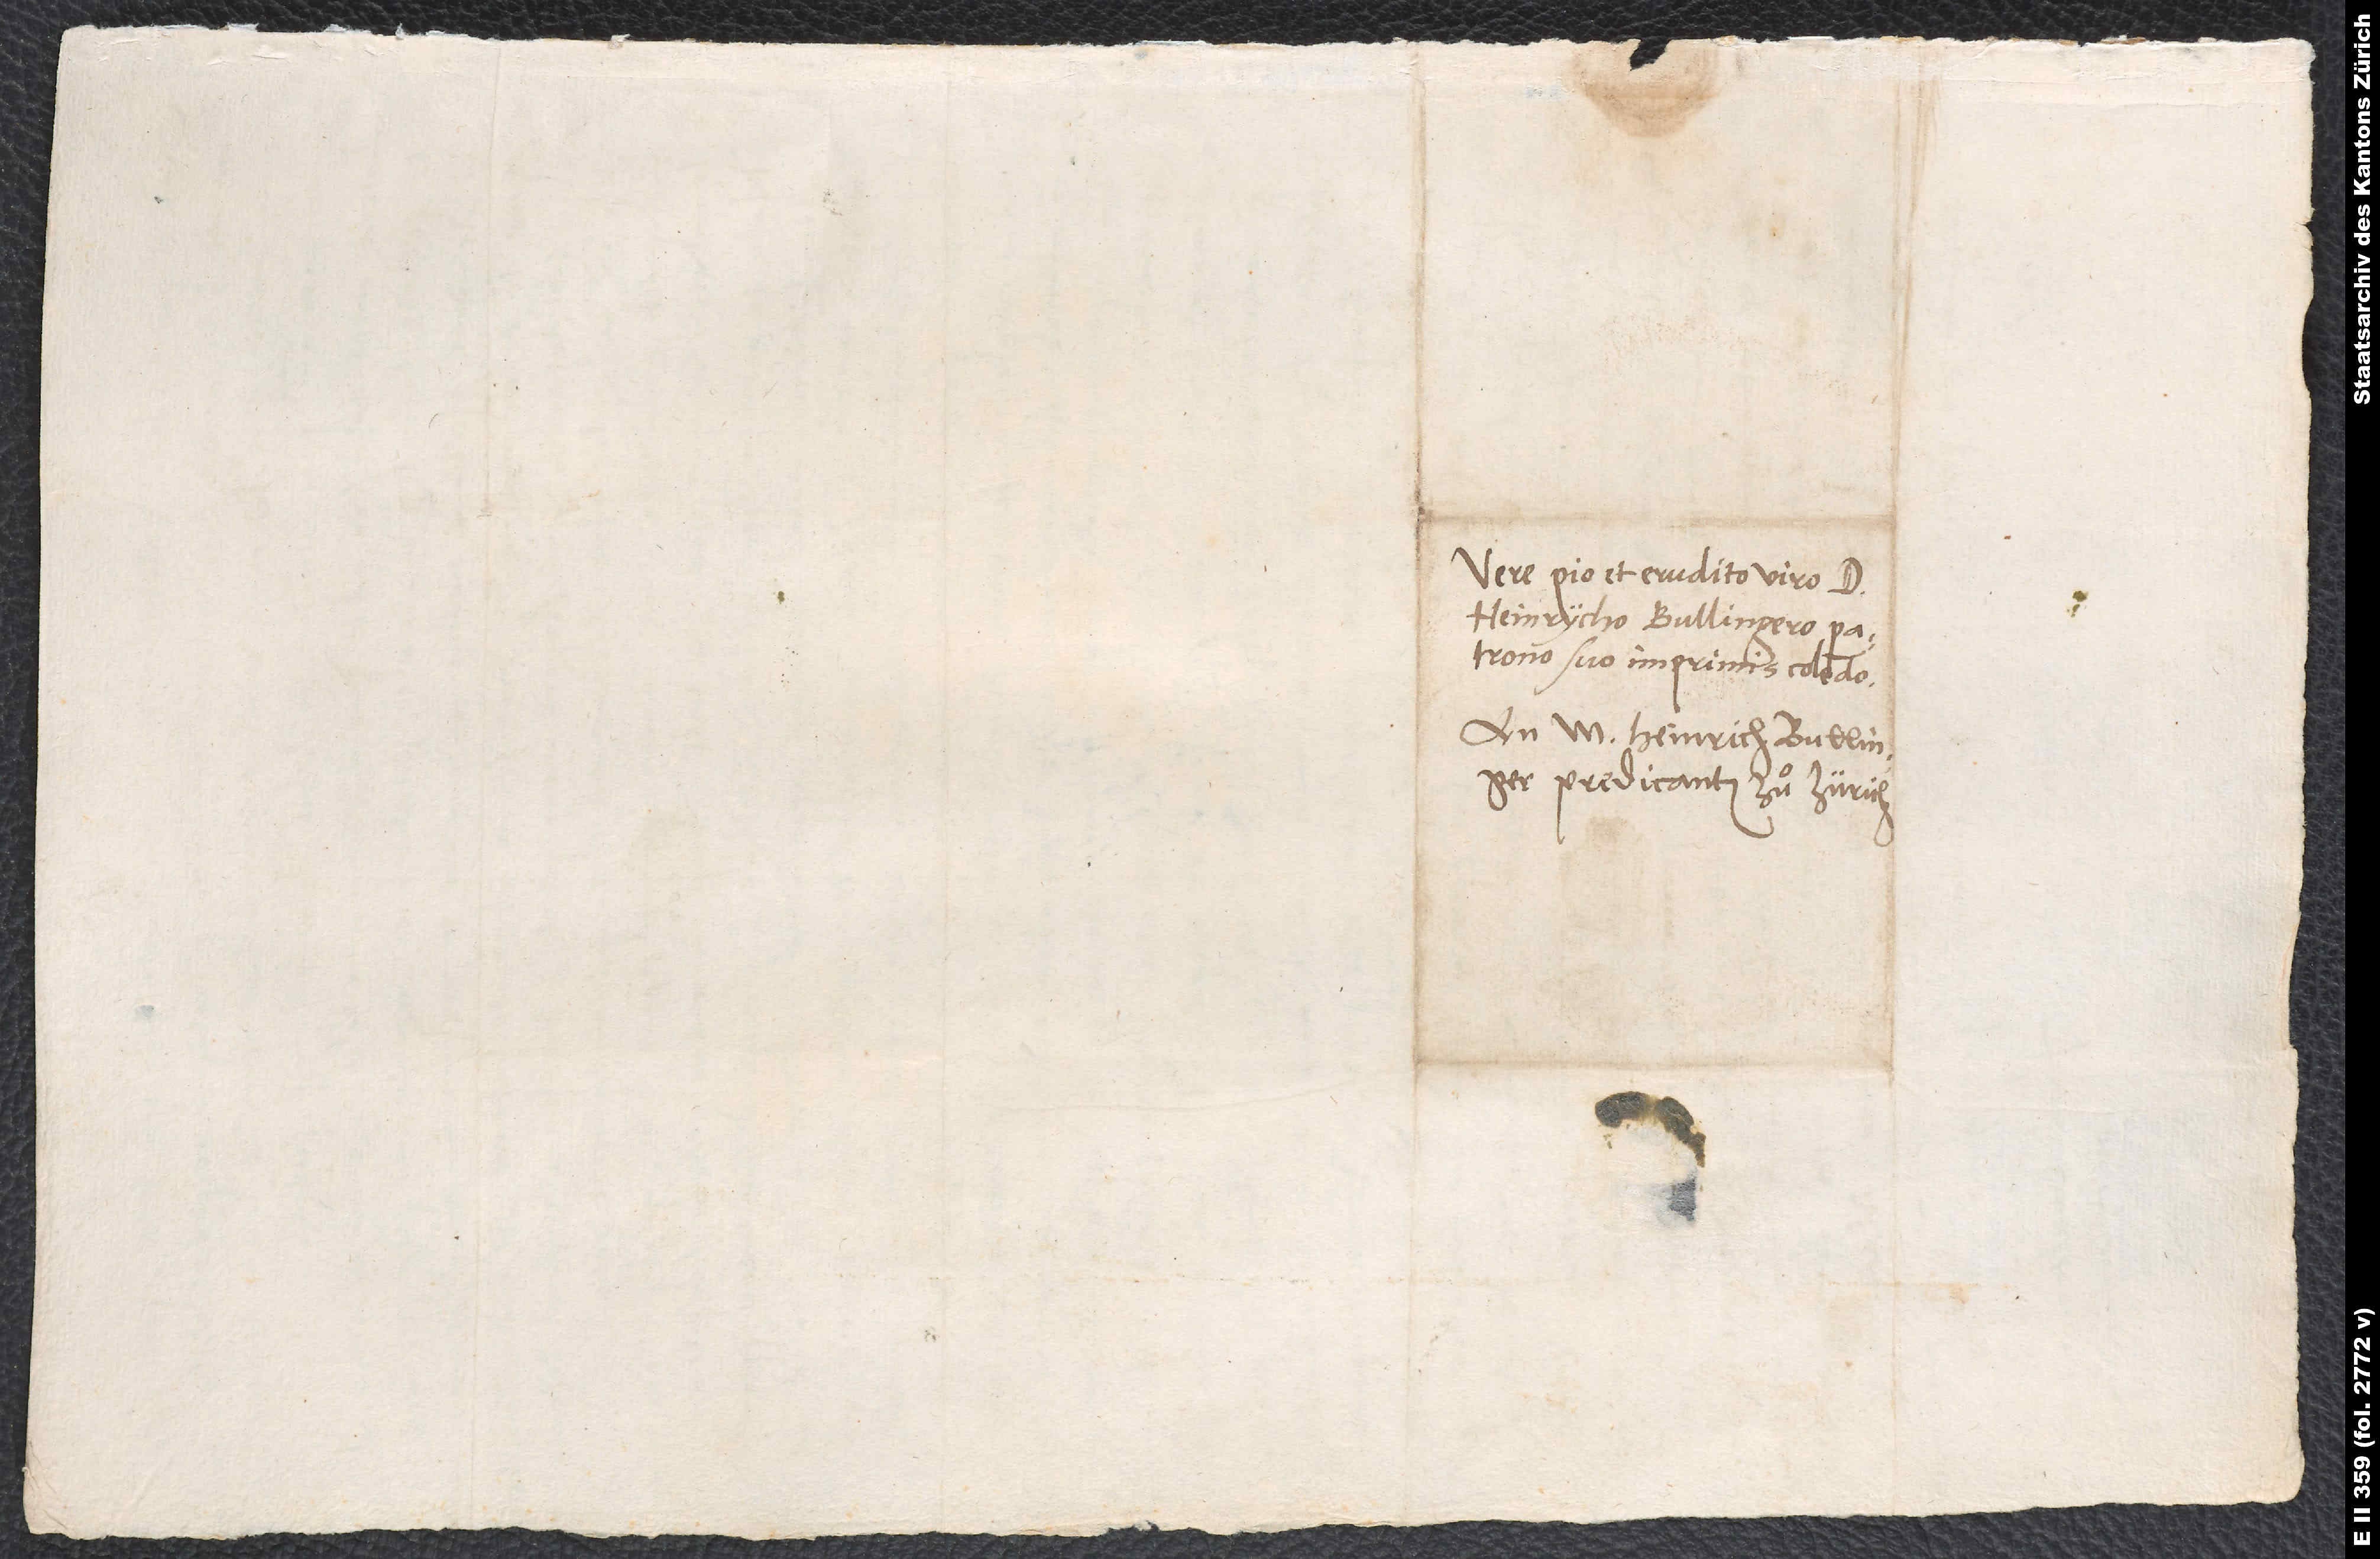
Vere pio et erudito d.
Heinrycho Bullingero, patrono
suo imprimis colendo.
An M. Heinrich Bullinger,
predicanten zuͦ Zürich.